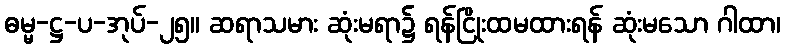
ဓမ္မ-ဋ္ဌ-ပ-အုပ်-၂၅။ ဆရာသမား ဆုံးမရာ၌ ရန်ငြိုးထမထားရန် ဆုံးမသော ဂါထာ၊